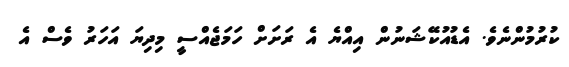
ކުރުމުންނެވެ. އެޑުއުކޭޝަނުން އިއްޔެ އެ ރަށަށް ހަމަޖެއްސީ މިދިޔަ އަހަރު ވެސް އެ